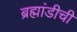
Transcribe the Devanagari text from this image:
ब्रह्मांडीची